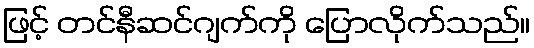
ဖြင့် တင်နီဆင်ဂျက်ကို ပြောလိုက်သည်။